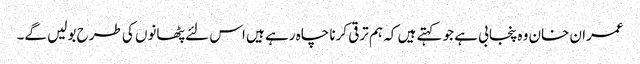
عمران خان وہ پنجابی ہے جو کہتے ہیں کہ ہم ترقی کرنا چاہ رہے ہیں اس لئے پٹھانوں کی طرح بولیں گے۔